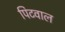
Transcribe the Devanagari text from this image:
पिटवाल